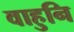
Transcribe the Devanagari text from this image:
वाहुनि